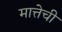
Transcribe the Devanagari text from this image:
मात्तेची